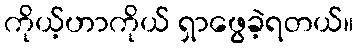
ကိုယ့်ဟာကိုယ် ရှာဖွေခဲ့ရတယ်။